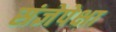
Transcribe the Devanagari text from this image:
संज्ञेपेक्षा